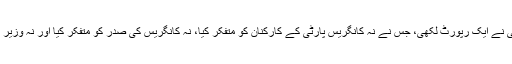
اس کمیٹی نے ایک رپورٹ لکھی، جس نے نہ کانگریس پارٹی کے کارکنان کو متفکر کیا، نہ کانگریس کی صدر کو متفکر کیا اور نہ وزیر اعظم کو۔